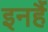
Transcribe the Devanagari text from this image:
इनहैं